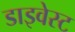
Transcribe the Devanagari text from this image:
डाइवेस्ट